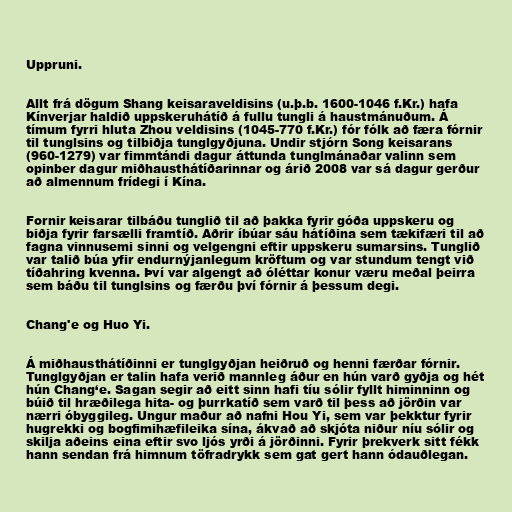
Uppruni.

Allt frá dögum Shang keisaraveldisins (u.þ.b. 1600-1046 f.Kr.) hafa
Kínverjar haldið uppskeruhátíð á fullu tungli á haustmánuðum. Á
tímum fyrri hluta Zhou veldisins (1045-770 f.Kr.) fór fólk að færa fórnir
til tunglsins og tilbiðja tunglgyðjuna. Undir stjórn Song keisarans
(960-1279) var fimmtándi dagur áttunda tunglmánaðar valinn sem
opinber dagur miðhausthátíðarinnar og árið 2008 var sá dagur gerður
að almennum frídegi í Kína.

Fornir keisarar tilbáðu tunglið til að þakka fyrir góða uppskeru og
biðja fyrir farsælli framtíð. Aðrir íbúar sáu hátíðina sem tækifæri til að
fagna vinnusemi sinni og velgengni eftir uppskeru sumarsins. Tunglið
var talið búa yfir endurnýjanlegum kröftum og var stundum tengt við
tíðahring kvenna. Því var algengt að óléttar konur væru meðal þeirra
sem báðu til tunglsins og færðu því fórnir á þessum degi.

Chang'e og Huo Yi.

Á miðhausthátíðinni er tunglgyðjan heiðruð og henni færðar fórnir.
Tunglgyðjan er talin hafa verið mannleg áður en hún varð gyðja og hét
hún Chang‘e. Sagan segir að eitt sinn hafi tíu sólir fyllt himinninn og
búið til hræðilega hita- og þurrkatíð sem varð til þess að jörðin var
nærri óbyggileg. Ungur maður að nafni Hou Yi, sem var þekktur fyrir
hugrekki og bogfimihæfileika sína, ákvað að skjóta niður níu sólir og
skilja aðeins eina eftir svo ljós yrði á jörðinni. Fyrir þrekverk sitt fékk
hann sendan frá himnum töfradrykk sem gat gert hann ódauðlegan.